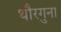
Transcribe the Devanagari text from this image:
थौरगुना